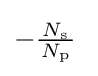
-{\tfrac {\,N_{\text{s}}\,}{N_{\text{p}}}}\;